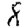
Digit: 8